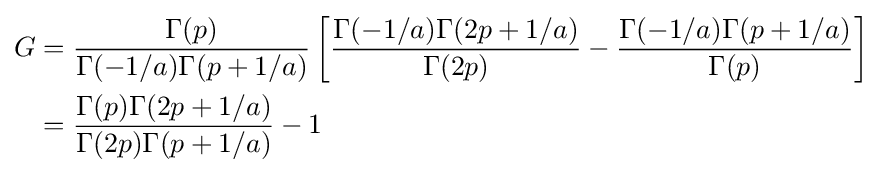
{\begin{aligned}G&={\frac {\Gamma (p)}{\Gamma (-1/a)\Gamma (p+1/a)}}\left[{\frac {\Gamma (-1/a)\Gamma (2p+1/a)}{\Gamma (2p)}}-{\frac {\Gamma (-1/a)\Gamma (p+1/a)}{\Gamma (p)}}\right]\\&={\frac {\Gamma (p)\Gamma (2p+1/a)}{\Gamma (2p)\Gamma (p+1/a)}}-1\end{aligned}}